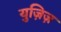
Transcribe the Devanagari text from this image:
युज़िज़